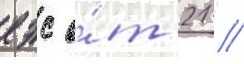
еэс о́т 21 //